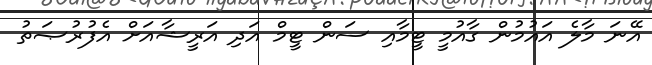
އޭނަ މާލެ އައުމުން ގާއުމީ ޓީމާއި ސަން ޓީމް އަދި އަރީޝާއަށް އެފުރުޞަތު